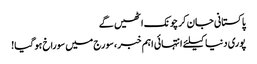
پاکستانی جان کر چونک اٹھیں گے
پوری دنیا کیلئے انتہائی اہم خبر ،سورج میں سوراخ ہو گیا!